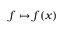
f \mapsto f ( x )